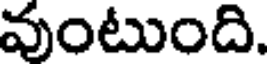
వుంటుంది.